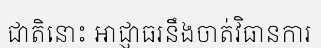
ជាតិនោះ អាជ្ញាធរនឹងចាត់វិធានការ